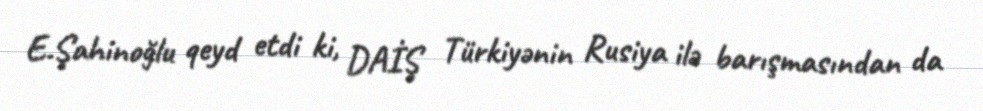
E.Şahinoğlu qeyd etdi ki, DAİŞ Türkiyənin Rusiya ilə barışmasından da